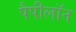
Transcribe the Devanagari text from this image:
पैपीलॉन